Scientific memoirs by medical officers of the Army of India - Part IV,
Year: 1889
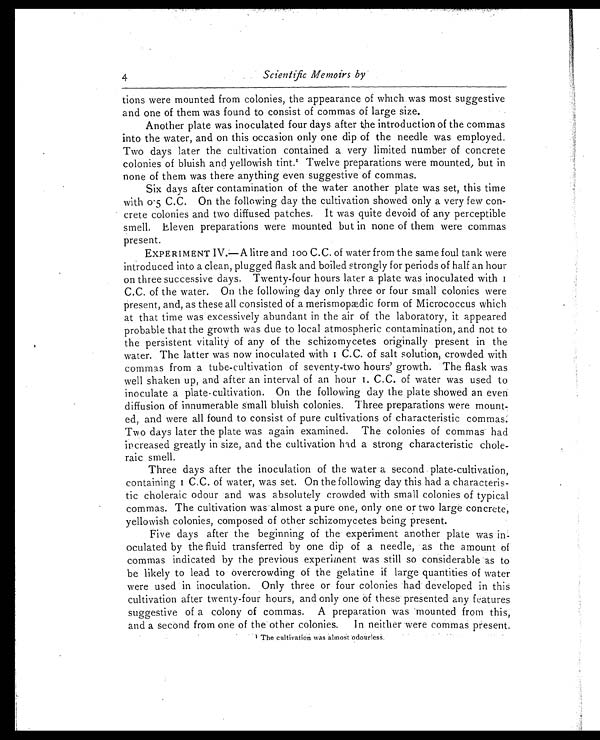
4
Scientific Memoirs by
tions were mounted from colonies, the appearance of which was most suggestive
and one of them was found to consist of commas of large size.
Another plate was inoculated four days after the introduction of the commas
into the water, and on this occasion only one dip of the needle was employed.
Two days later the cultivation contained a very limited number of concrete
colonies of bluish and yellowish tint.1 T w e l v e p r e p a r a t i o n s w e r e m o u n t e d , b u t i n
none of them was there anything even suggestive of commas.
Six days after contamination of the water another plate was set, this time
with o 5 C.C. On the following day the cultivation showed only a very few con
-crete colonies and two diffused patches. It was quite devoid of any perceptible
smell. Eleven preparations were mounted but in none of them were commas
present.
EXPERIMENT IV.—A litre and 100 C.C. of water from the same foul tank were
introduced into a clean, plugged flask and boiled strongly for periods of half an hour
on three successive days. Twenty-four hours later a plate was inoculated with 1
C.C. of the water. On the following day only three or four small colonies were
present, and, as these all consisted of a merismopædic form of Micrococcus which
at that time was excessively abundant in the air of the laboratory, it appeared
probable that the growth was due to local atmospheric contamination, and not to
the persistent vitality of any of the schizomycetes originally present in the
water. The latter was now inoculated with 1 C.C. of salt solution, crowded with
commas from a tube-cultivation of seventy-two hours' growth. The flask was
well shaken up, and after an interval of an hour 1. C.C. of water was used to
inoculate a plate-cultivation. On the following day the plate showed an even
diffusion of innumerable small bluish colonies. Three preparations were mount
-ed, and were all found to consist of pure cultivations of characteristic commas.
Two days later the plate was again examined. The colonies of commas had
increased greatly in size, and the cultivation had a strong characteristic chole
-raic smell.
Three days after the inoculation of the water a second plate-cultivation,
containing 1 C.C. of water, was set. On the following day this had a characteris
- t i c c h o l e r a i c o d o u r a n d w a s a b s o l u t e l y c r o w d e d w i t h s m a l l c o l o n i e s o f t y p i c a l
commas. The cultivation was almost a pure one, only one or two large concrete,
yellowish colonies, composed of other schizomycetes being present.
Five days after the beginning of the experiment another plate was in
- o c u l a t e d b y t h e f l u i d t r a n s f e r r e d b y o n e d i p o f a n e e d l e , a s t h e a m o u n t o f
commas indicated by the previous experiment was still so considerable as to
be likely to lead to overcrowding of the gelatine if large quantities of water
were used in inoculation. Only three or four colonies had developed in this
cultivation after twenty-four hours, and only one of these presented any features
suggestive of a colony of commas. A preparation was mounted from this,
and a second from one of the other colonies.In neither were commas present.
1 T h e c u l t i v a t i o n w a s a l m o s t o d o u r l e s s .